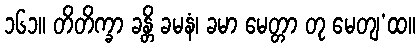
၁၆၁။ တိတိက္ခာ ခန္တိ ခမနံ၊ ခမာ မေတ္တာ တု မေတျ’ထ။